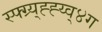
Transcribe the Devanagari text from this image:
स्फ्ग्र्य्ह्ह्य्व्४ग